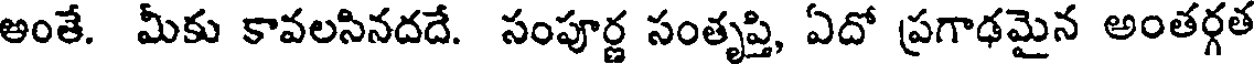
అంతే. మీకు కావలసినదదే. సంపూర్ణ సంతృప్తి, ఏదో ప్రగాఢమైన అంతర్గత